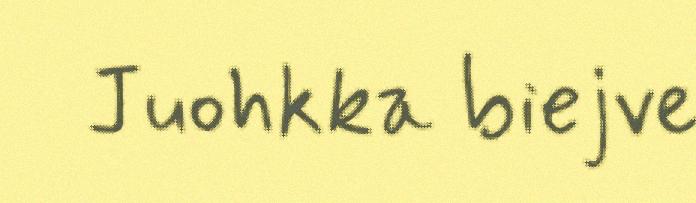
Juohkka biejve